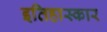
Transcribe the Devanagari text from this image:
इतिहास्कार